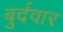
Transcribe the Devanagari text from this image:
बुर्दवार